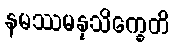
နမဿမနုသိက္ခေတိ